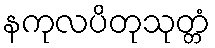
နကုလပိတုသုတ္တံ